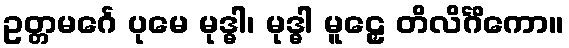
ဥတ္တမင်္ဂေ ပုမေ မုဒ္ဓါ၊ မုဒ္ဓါ မူဠှေ တိလိင်္ဂိကော။